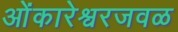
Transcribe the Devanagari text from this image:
ओंकारेश्वरजवळ